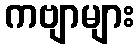
ကဗျာများ